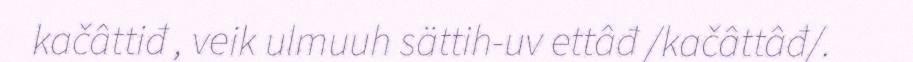
kačâttiđ , veik ulmuuh sättih-uv ettâđ /kačâttâđ/.